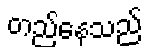
တည်နေသည်